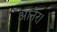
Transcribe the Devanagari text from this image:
आनेर।